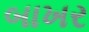
બાખર